Annual report on the Civil Veterinary Department, Burma (including the Insein Veterinary School) - 1910-1922
Year: 1910
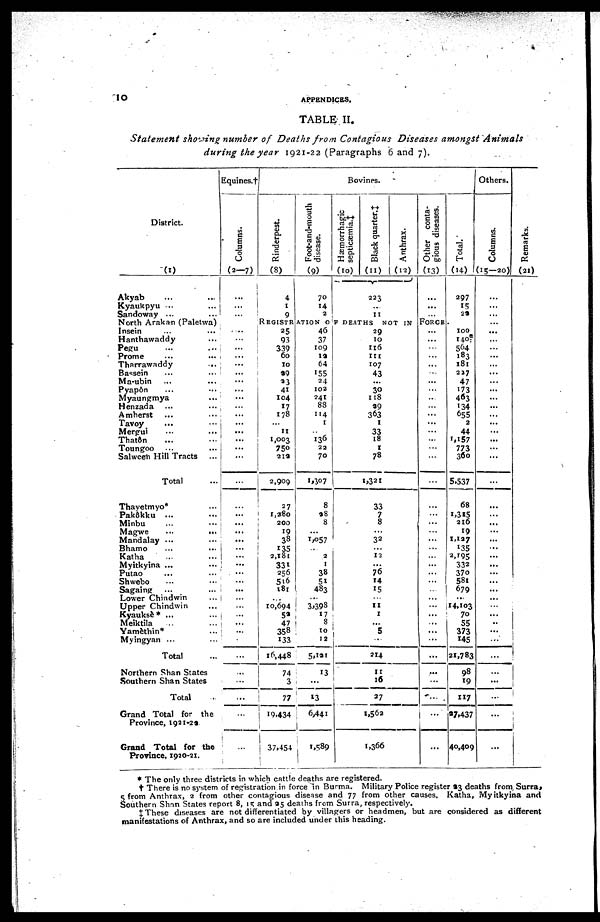
10
APPENDICES.
TABLE II.
Statement showing number of Deaths from Contagious Diseases amongst
Animals
during the year 1921-22 (Paragraphs 6 and 7).
District.
(1)
Akyab ... ...
Kyaukpyu ... ...
Sandoway ... ...
North Arakan (Paletwa)
Insein ... ...
Hanthawaddy ...
Pegu ... ...
Prome ... ...
Tharrawaddy ...
Bassein ... ...
Ma-ubin ... ...
Pyapôn ... ...
Myaungmya ...
Henzada ... ...
Amherst ... ...
Tavoy ... ...
Mergui
...
...
Thatôn ... ...
Toungoo ... ...
Salween Hill Tracts ...
Total ...
Thayetmyo* ...
Pakôkku ... ...
Minbu ... ...
Magwe
...
...
Mandalay ... ...
Bhamo ... ...
Katha ... ...
Myitkyina ... ...
Putao ... ...
Shwebo ... ...
Sagaing
... ...
Lower Chindwin ...
Upper Chindwin ...
Kyauksè* ... ...
Meiktila ... ...
Yamèthin* ...
Myingyan ... ...
Total ...
Northern Shan States
Southern Shan States
Total ...
Grand Total for the
Province, 1921-22.
Grand Total for the
Province, 1920-21.
Equines.†
Columns.
(2-7)
...
...
...
...
...
...
...
...
...
...
...
...
...
...
...
...
...
...
...
...
...
...
...
...
...
...
...
...
...
...
...
...
...
...
...
.
...
...
...
...
...
...
Bovines.
Rinderpest.
(8)
4
I
9
Foot-and-mouth
disease.
(9)
70
14
2
Hæmorrhagic
septicæmia.‡
(10)
Black quarter.‡
(11)
223
..
11
Anthrax.
(12)
Other conta-
gious diseases.
(13)
...
...
Total.
(14)
297
15
22
REGISTRATION
OF
DEATHS
NOT
IN
FORCE
.
25
93
339
60
10
29
23
41
104
17
178
11
1,003
750
212
2,909
27
1,280
200
19
38
135
2,181
331
256
516
181
...
10,694
52
47
358
133
16,448
74
3
77
19,434
37,454
46
37
109
12
64
155
24
102
241
88
114
1
136
22
70
1,307
8
98
8
...
1,057
...
2
1
38
51
483
... 3,393
17
8
10
12
5,121
13
...
13
6,441
1,589
29
10
116
111
107
43
...
30
118
29
363
1
33
18
1
78
1,321
33
7
8
...
32
... 12
...
76
14
15
... 11
1
...
5
...
214
11
16
27
1,562
1,366
...
...
...
...
...
...
...
...
...
...
...
...
...
...
...
...
...
...
...
...
...
...
...
...
...
...
...
...
...
...
...
...
...
...
...
...
...
...
...
...
100
140
564
183
181
227
47
173
463
134
655
2
44
1,157
773
360
5,537
68
1,315
216
19
1,127
135
2,195
332
370
581
679
...
14,103
70
55
373
145
21,783
98
19
117
27,437
40,409
Others.
Columns.
(15—20)
...
...
...
...
...
...
...
...
...
...
...
...
...
...
...
...
...
...
...
...
...
...
...
...
...
...
...
...
...
...
...
...
...
...
..
...
...
...
...
...
...
...
...
Re ma r
ks .
(21)
* The only three districts in which cattle deaths are registered.
† There is no system of registration in force in Burma. Military Police register 33 deaths from Surra,
5 from Anthrax, 2 from other contagious disease and 77 from other causes. Katha, Myitkyina and
Southern Shan States report 8, 15 and 35 deaths from Surra, respectively.
X These diseases are not differentiated by villagers or headmen, but are considered as different
manifestations of Anthrax, and so are included under this heading.